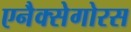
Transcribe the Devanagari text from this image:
एनैक्सेगोरस